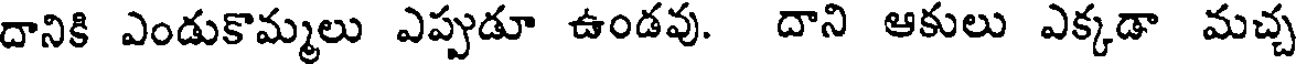
దానికి ఎండుకొమ్మలు ఎప్పుడూ ఉండవు. దాని ఆకులు ఎక్కడా మచ్చ